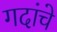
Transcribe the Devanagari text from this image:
गदांचे